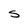
Character: S